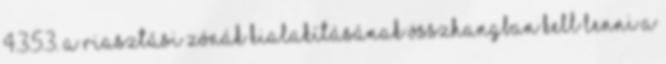
4.3.5.3. A riasztási zónák kialakításának összhangban kell lenni a